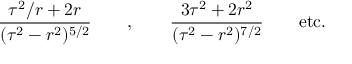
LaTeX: \frac { \tau ^ { 2 } / r + 2 r } { ( \tau ^ { 2 } - r ^ { 2 } ) ^ { 5 / 2 } } \qquad , \qquad \frac { 3 \tau ^ { 2 } + 2 r ^ { 2 } } { ( \tau ^ { 2 } - r ^ { 2 } ) ^ { 7 / 2 } } \qquad \mathrm { e t c . }